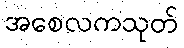
အစေလကသုတ်